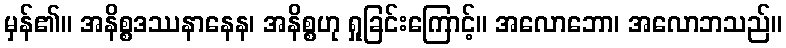
မှန်၏။ အနိစ္စဒဿနာနေန၊ အနိစ္စဟု ရှုခြင်းကြောင့်။ အလောဘော၊ အလောဘသည်။